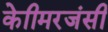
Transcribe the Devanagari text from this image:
केाीमरजंसी